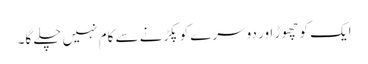
ایک کو چھوڑ اور دوسرے کو پکڑنے سے کام نہیں چلے گا۔